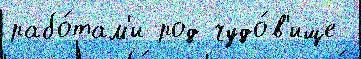
рабо́там'и род чудо́в'ище